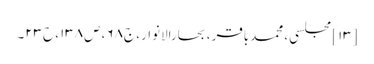
[۱۳] مجلسی، محمدباقر، بحارالانوار، ج۶۸، ص۱۳۸، ح۲۳۔